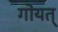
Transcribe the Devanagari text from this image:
गोयत्